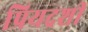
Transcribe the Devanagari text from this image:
प्रियद्रशी